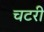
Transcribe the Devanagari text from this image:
चटरी